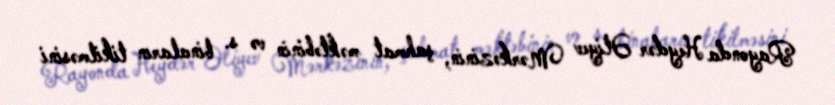
Rayonda Heydər Əliyev Mərkəzinin, şahmat məktəbinin və s. binaların tikilməsini